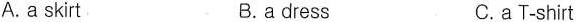
A.a skirt B.a dress C.a T-shirt